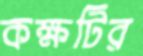
কক্ষটির